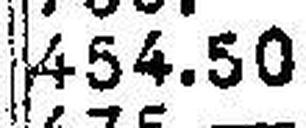
454.50